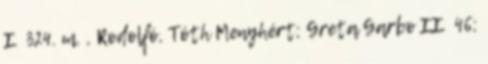
I 324. m. , Rodolfó, Tóth Menyhért; Greta Garbo II 46;